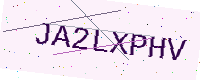
Text: JA2LXPHV